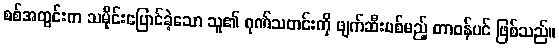
စစ်အတွင်းက သမိုင်းပြောင်ခဲ့သော သူ၏ ဂုဏ်သတင်းကို ဖျက်ဆီးပစ်မည့် တာဝန်ပင် ဖြစ်သည်။